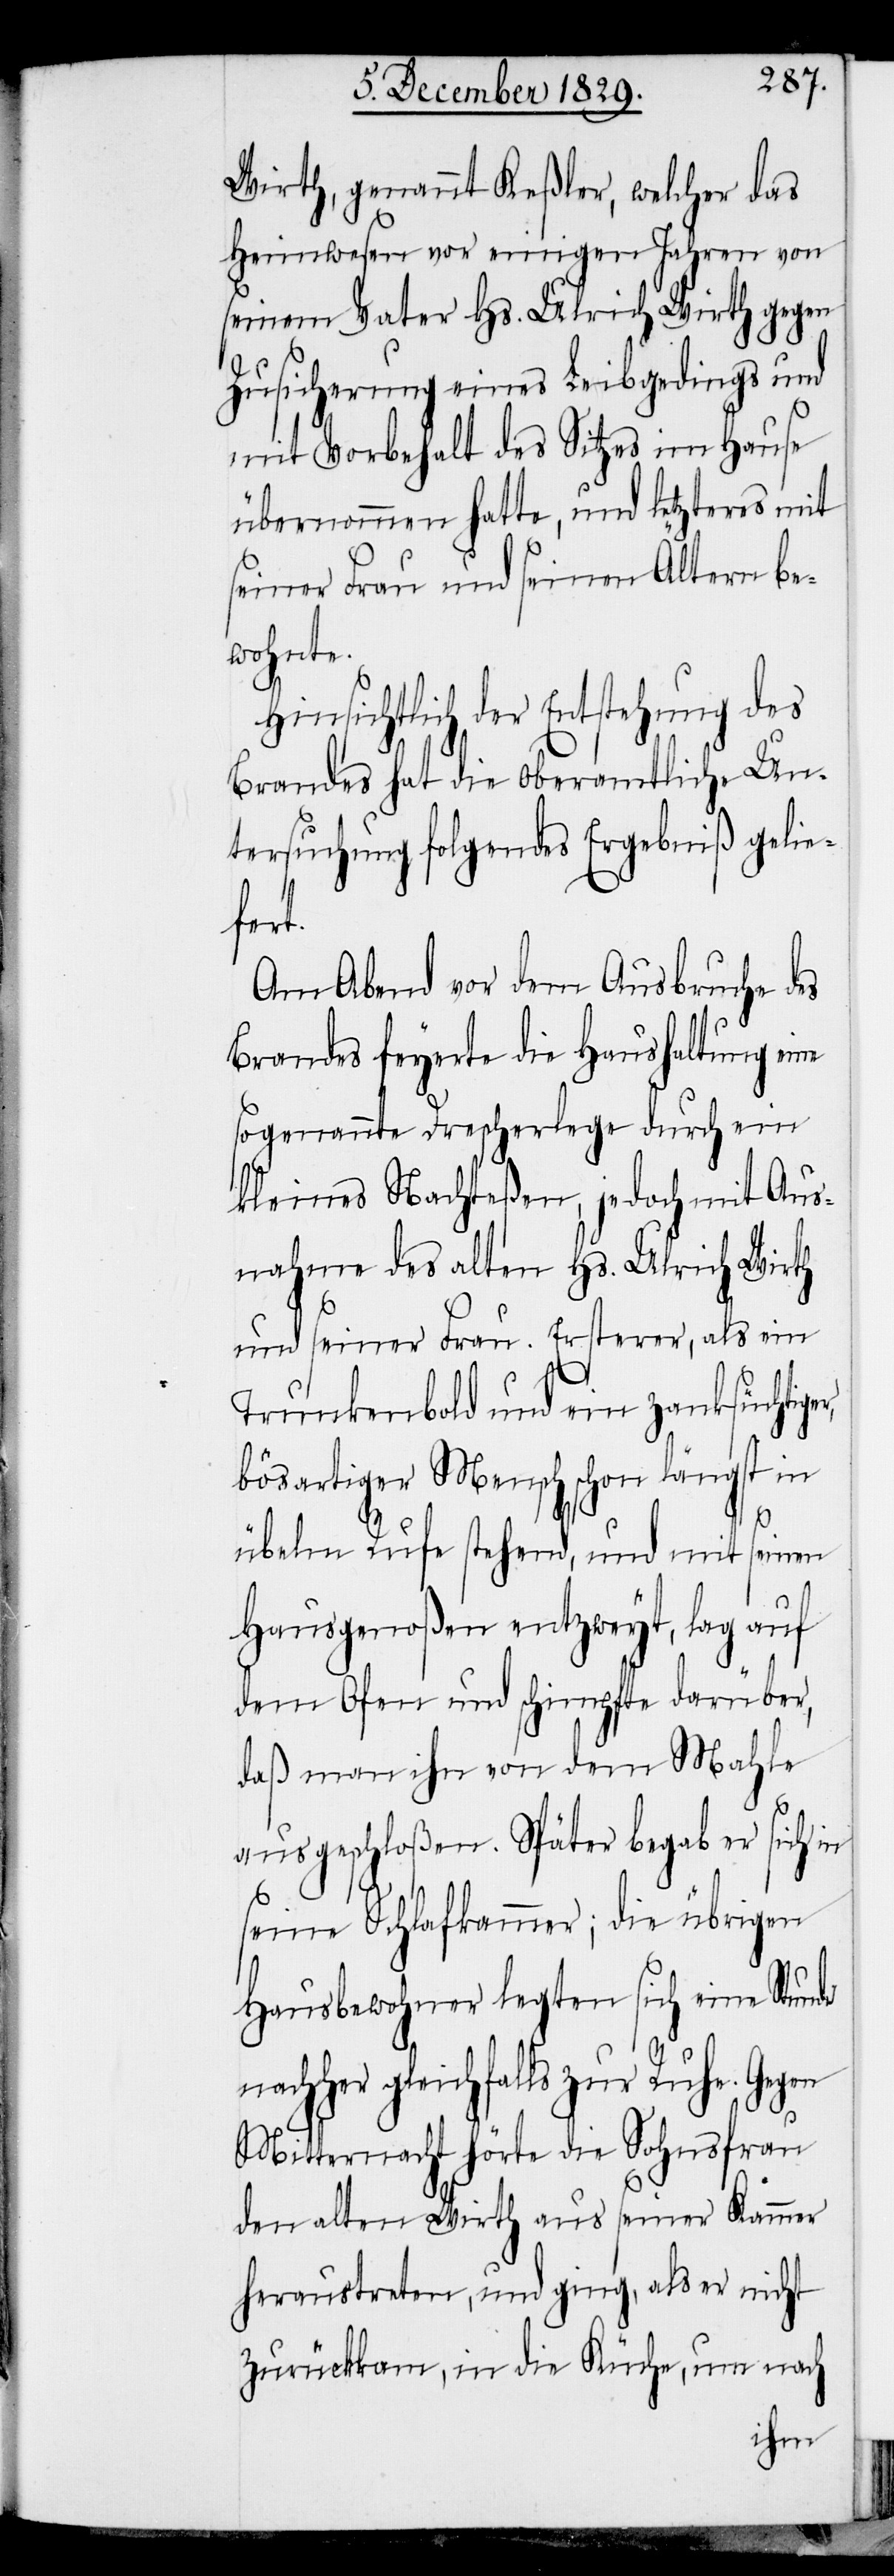
Wirth, genannt Keßler, welcher das
Heimwesen vor einigen Jahren von
seinem Vater Hs. Ulrich Wirth gegen
Zusicherung eines Leibgedings und
mit Vorbehalt des Sitzes im Hause
übernommen hatte, und letzteres mit
seiner Frau und seinen Ältern be¬
wohnte.
Hinsichtlich der Entstehung des
Brandes hat die oberamtliche Un¬
tersuchung folgendes Ergebniß gelie¬
er,
Am Abend vor dem Ausbruche des
Brandes feyerte die Haushaltung eine
sogenannte Drescherlege durch ein
kleines Nachteßen, jedoch mit Aus¬
nahme des alten Hs. Ulrich Wirth
und seiner Frau. Ersterer, als ein
Trunkenbold und ein zanksüchtig¬
bösartiger Mensch schon längst in
übelm Rufe stehend, und mit seinen
Hausgenoßen entzweyt, lag auf
dem Ofen und schimpfte darüber,
daß man ihn von dem Mahle
ausgeschloßen. Später begab er sich in
seine Schlafkammer; die übrigen
Hausbewohner legten sich eine Stunde
gleichfalls zur Ruhe. Gegen
Mitternacht hörte die Sohnsfrau
den alten Wirth aus seiner Kammer
heraustreten, und ging, als er nicht
zurückkam, in die Küche, um nach